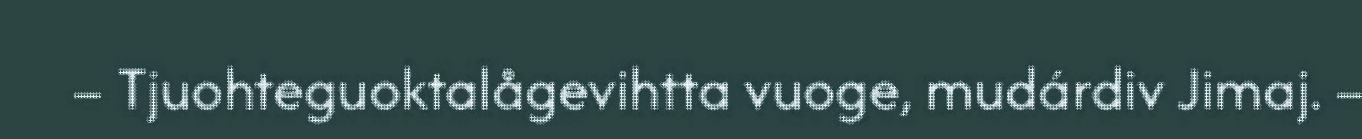
– Tjuohteguoktalågevihtta vuoge, mudárdiv Jimaj. –